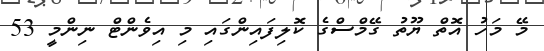
މޭ މަހު އޮތް ޔޫތު ގޭމްސްގެ ކޮލިފައިންގައި މި އިވެންޓް ނިންމީ 53